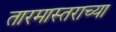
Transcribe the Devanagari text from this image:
तारमास्तराच्या